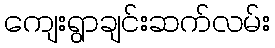
ကျေးရွာချင်းဆက်လမ်း